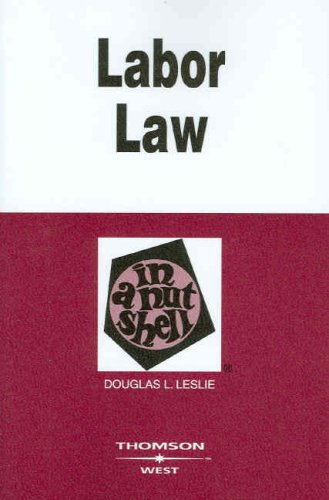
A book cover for Labor Law in a Nutshell; Douglas Leslie; Law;